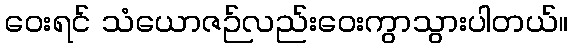
ဝေးရင် သံယောဇဉ်လည်းဝေးကွာသွားပါတယ်။